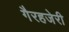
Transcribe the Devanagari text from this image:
गैरहजेरी